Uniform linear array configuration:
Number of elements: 32
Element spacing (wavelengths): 0.25
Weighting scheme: cosine
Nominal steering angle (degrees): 15
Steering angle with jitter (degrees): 14.151
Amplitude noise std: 0.05
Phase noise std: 0.05

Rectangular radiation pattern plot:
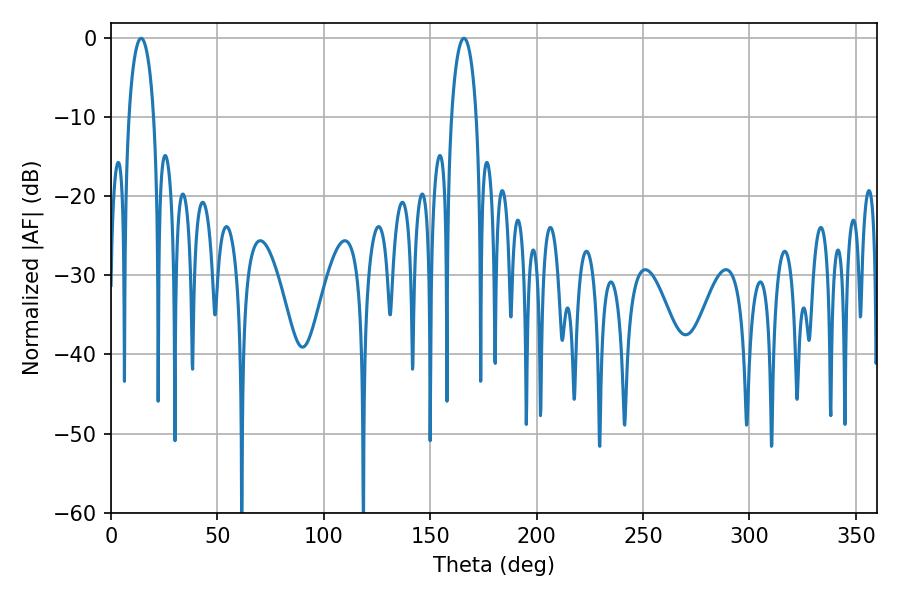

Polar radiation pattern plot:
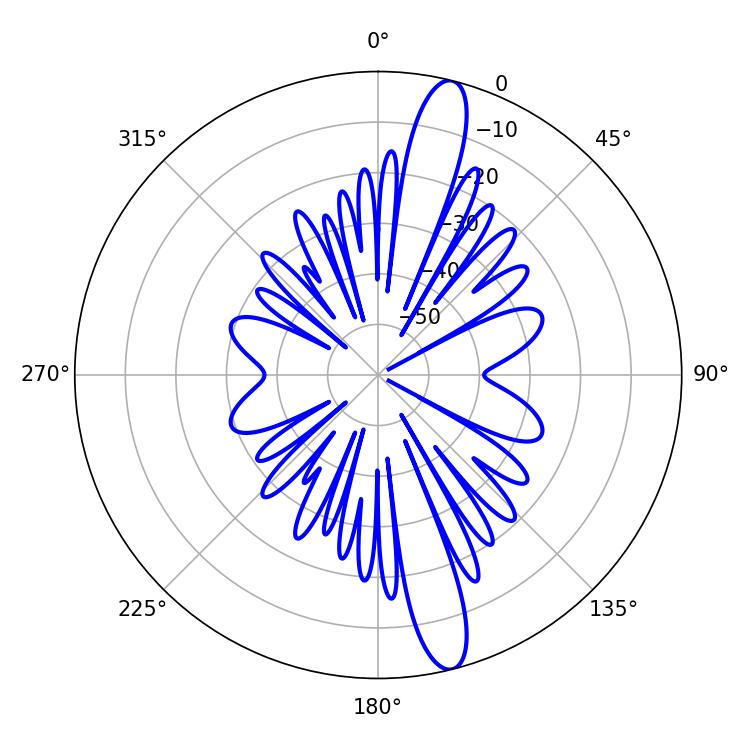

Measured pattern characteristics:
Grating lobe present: FALSE
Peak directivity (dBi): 14.924
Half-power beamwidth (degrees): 6.66
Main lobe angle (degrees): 14.22